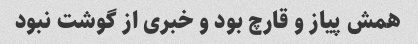
همش پیاز و قارچ بود و خبری از گوشت نبود